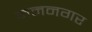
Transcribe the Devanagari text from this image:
मननगर